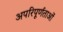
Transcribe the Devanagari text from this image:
अपरिपूर्णताओं